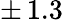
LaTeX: \pm\, 1.3